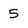
Character: 5